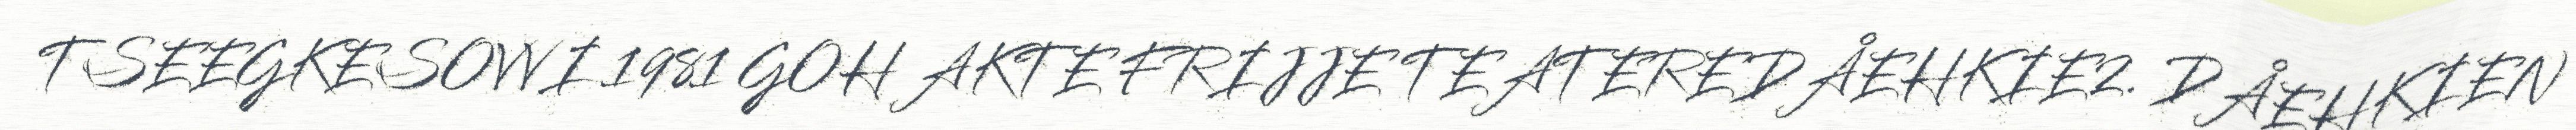
TSEEGKESOVVI 1981 GOH AKTE FRIJJE TEATEREDÅEHKIE2. DÅEHKIEN